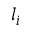
l _ { i }